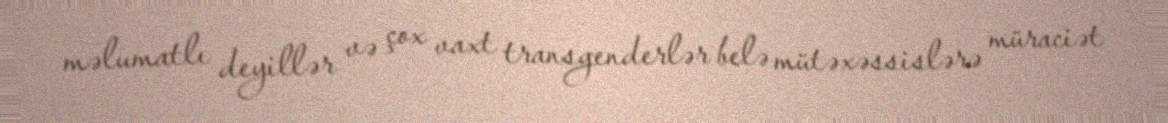
məlumatlı deyillər və çox vaxt transgenderlər belə mütəxəssislərə müraciət